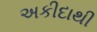
અકીદાથી